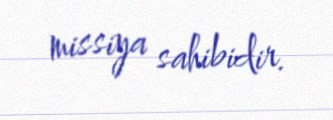
missiya sahibidir.